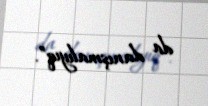
da danışmalıyıq”.